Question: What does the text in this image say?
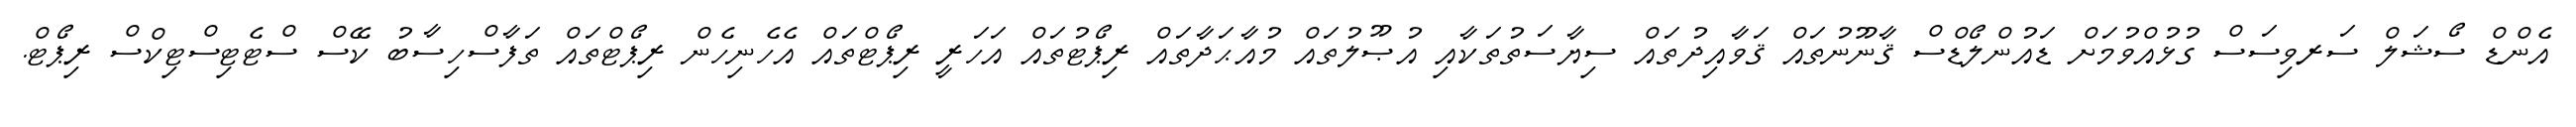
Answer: އެންޑް ސޯޝަލް ސަރވިސަސް ގުޅުއްވުމަށް ޑައުންލޯޑްސް ޤާނޫނުތައް ޤަވާއިދުތައް ސިޔާސަތުތަކާއި އުޞޫލުތައް މުއާޙަދާތައް ރިޕޯޓުތައް އަހަރީ ރިޕޯޓްތައް އެހެނިހެން ރިޕޯޓްތައް ތަފާސްހިސާބު ކޭސް ސްޓެޓިސްޓިކްސް ރިޕޯޓް.